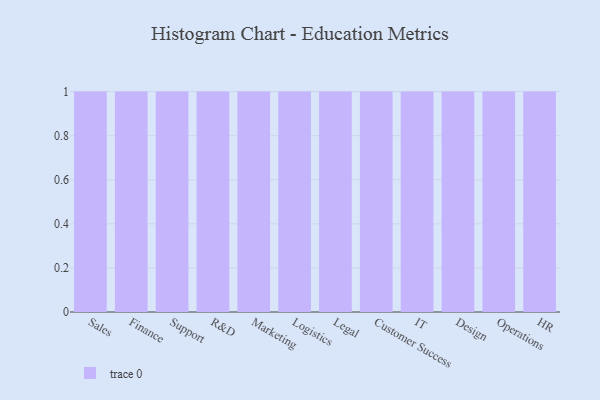
{"axis": {"x": "Department", "y": "Demand Index"}, "legend": [""], "data": [{"x": "Sales", "y": 31, "type": ""}, {"x": "Finance", "y": 90, "type": ""}, {"x": "Support", "y": 65, "type": ""}, {"x": "R&D", "y": 19, "type": ""}, {"x": "Marketing", "y": 74, "type": ""}, {"x": "Logistics", "y": 18, "type": ""}, {"x": "Legal", "y": 64, "type": ""}, {"x": "Customer Success", "y": 91, "type": ""}, {"x": "IT", "y": 21, "type": ""}, {"x": "Design", "y": 64, "type": ""}, {"x": "Operations", "y": 87, "type": ""}, {"x": "HR", "y": 73, "type": ""}]}